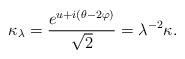
LaTeX: \begin{align*} \kappa_{\lambda} = \frac{e^{u +i (\theta- 2 \varphi)}}{\sqrt{2}} = \lambda^{-2} \kappa.\end{align*}